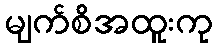
မျက်စိအထူးကု